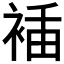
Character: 𧚎